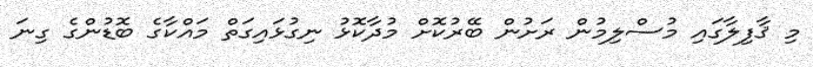
މި ޤާފިލާގައި މުސްލިމުން ރަށުން ބޭރުކޮށް މުދާކޮޅު ނިގުޅައިގަތް މައްކާގެ ބޮޑުންގެ ގިނަ